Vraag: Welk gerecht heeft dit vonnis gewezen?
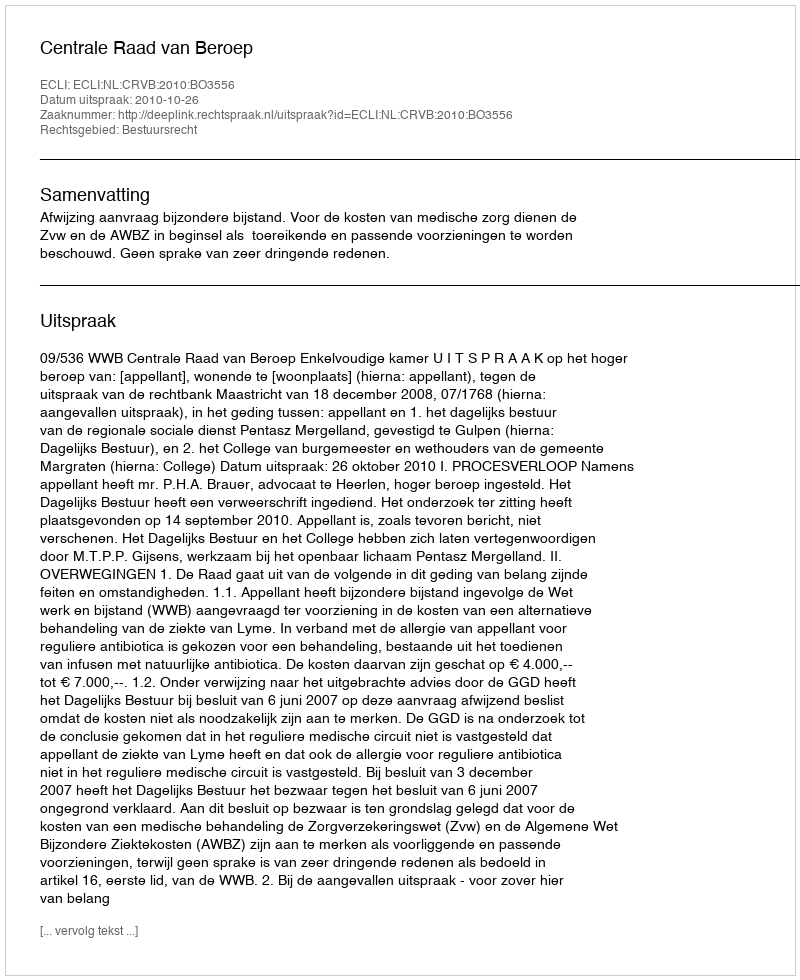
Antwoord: Centrale Raad van Beroep